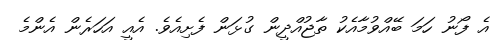
އެ ފޯނު ހަމަ ބޭއްވުމާއެކު ތާޖުއްދީން ގުޅަން ފެށިއެވެ. އެއީ އަހަރެން އެންމެ